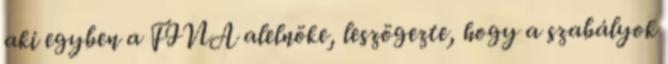
aki egyben a FINA alelnöke, leszögezte, hogy a szabályok